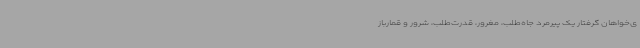
ی‌خواهان گرفتار یک پیرمرد جاه‌طلب، مغرور، قدرت‌طلب، شرور و قمارباز